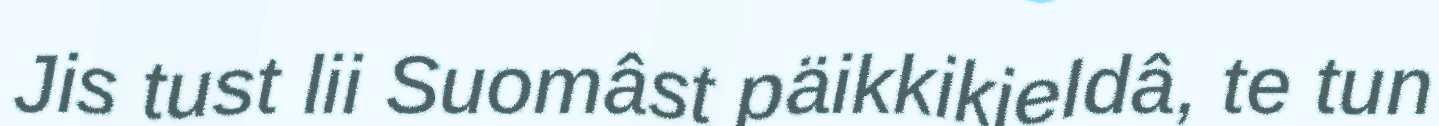
Jis tust lii Suomâst päikkikieldâ, te tun